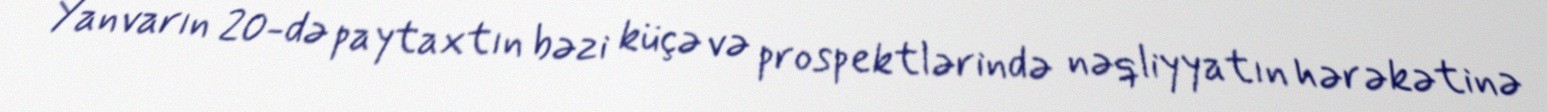
Yanvarın 20-də paytaxtın bəzi küçə və prospektlərində nəqliyyatın hərəkətinə